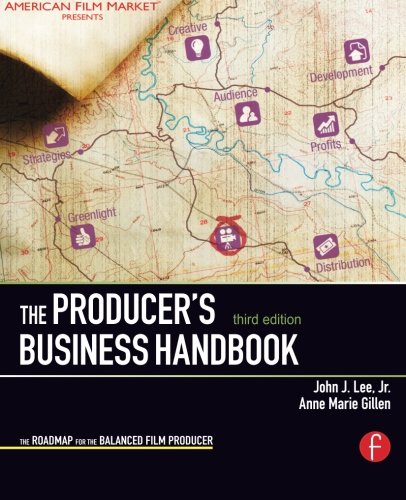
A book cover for The Producer's Business Handbook: The Roadmap for the Balanced Film Producer (American Film Market Presents); John J. Lee  Jr.; Humor & Entertainment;